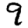
Digit: 9